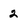
Character: 2